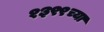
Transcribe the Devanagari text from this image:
१३९९च्या